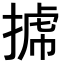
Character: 𢯯